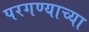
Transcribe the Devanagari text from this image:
परगण्याच्या